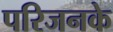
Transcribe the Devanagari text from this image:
परिजनके